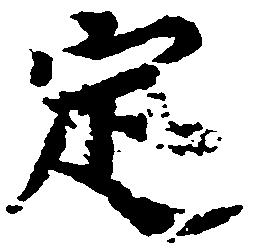
定